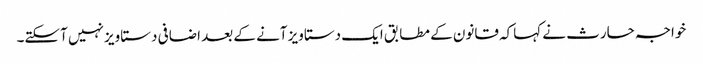
خواجہ حارث نے کہاکہ قانون کے مطابق ایک دستاویز آنے کے بعد اضافی دستاویز نہیں آسکتے۔